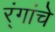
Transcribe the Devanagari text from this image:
र्ंगांचे